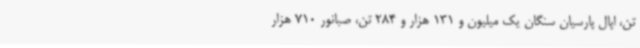
تن، اپال پارسیان سنگان یک میلیون و 131 هزار و 284 تن، صبانور 710 هزار